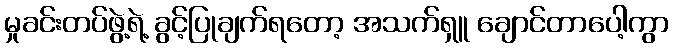
မှုခင်းတပ်ဖွဲ့ရဲ့ ခွင့်ပြုချက်ရတော့ အသက်ရှူ ချောင်တာပေါ့ကွာ